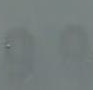
وو